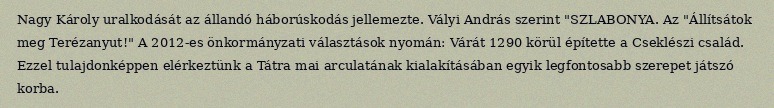
Nagy Károly uralkodását az állandó háborúskodás jellemezte. Vályi András szerint "SZLABONYA. Az "Állítsátok meg Terézanyut!" A 2012-es önkormányzati választások nyomán: Várát 1290 körül építette a Cseklészi család. Ezzel tulajdonképpen elérkeztünk a Tátra mai arculatának kialakításában egyik legfontosabb szerepet játszó korba.